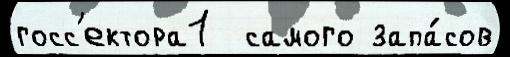
госс'ектора1  самого запа́сов